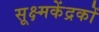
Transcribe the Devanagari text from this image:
सूक्ष्मकेंद्रकों